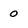
Character: 0